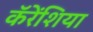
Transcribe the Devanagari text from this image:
कॅरेंशिया